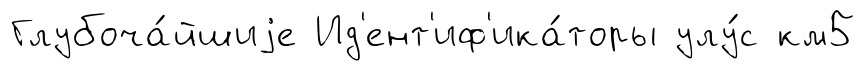
Глубоча́йшиjе Ид'ент'иф'ика́торы улу́с км5